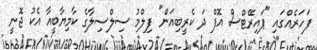
ފަހަރެއްގައި "ޕައިރޭޓްސް އޮފް ދަ ކެރީބިއަން" ފިލްމު ސިލްސިލާގެ ކާމިޔާބީއާ އެކު ޖޮނީ